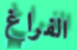
الفراغ